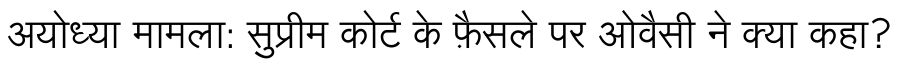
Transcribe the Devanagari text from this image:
अयोध्या मामला: सुप्रीम कोर्ट के फ़ैसले पर ओवैसी ने क्या कहा?